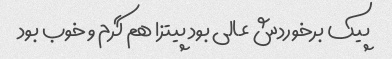
پیک برخوردش عالی بود پیتزا هم گرم و خوب بود